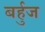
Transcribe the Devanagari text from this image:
बर्हुज